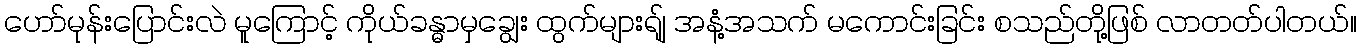
ဟော်မုန်းပြောင်းလဲ မူကြောင့် ကိုယ်ခန္ဓာမှချွေး ထွက်များရျ် အနံ့အသက် မကောင်းခြင်း စသည်တို့ဖြစ် လာတတ်ပါတယ်။